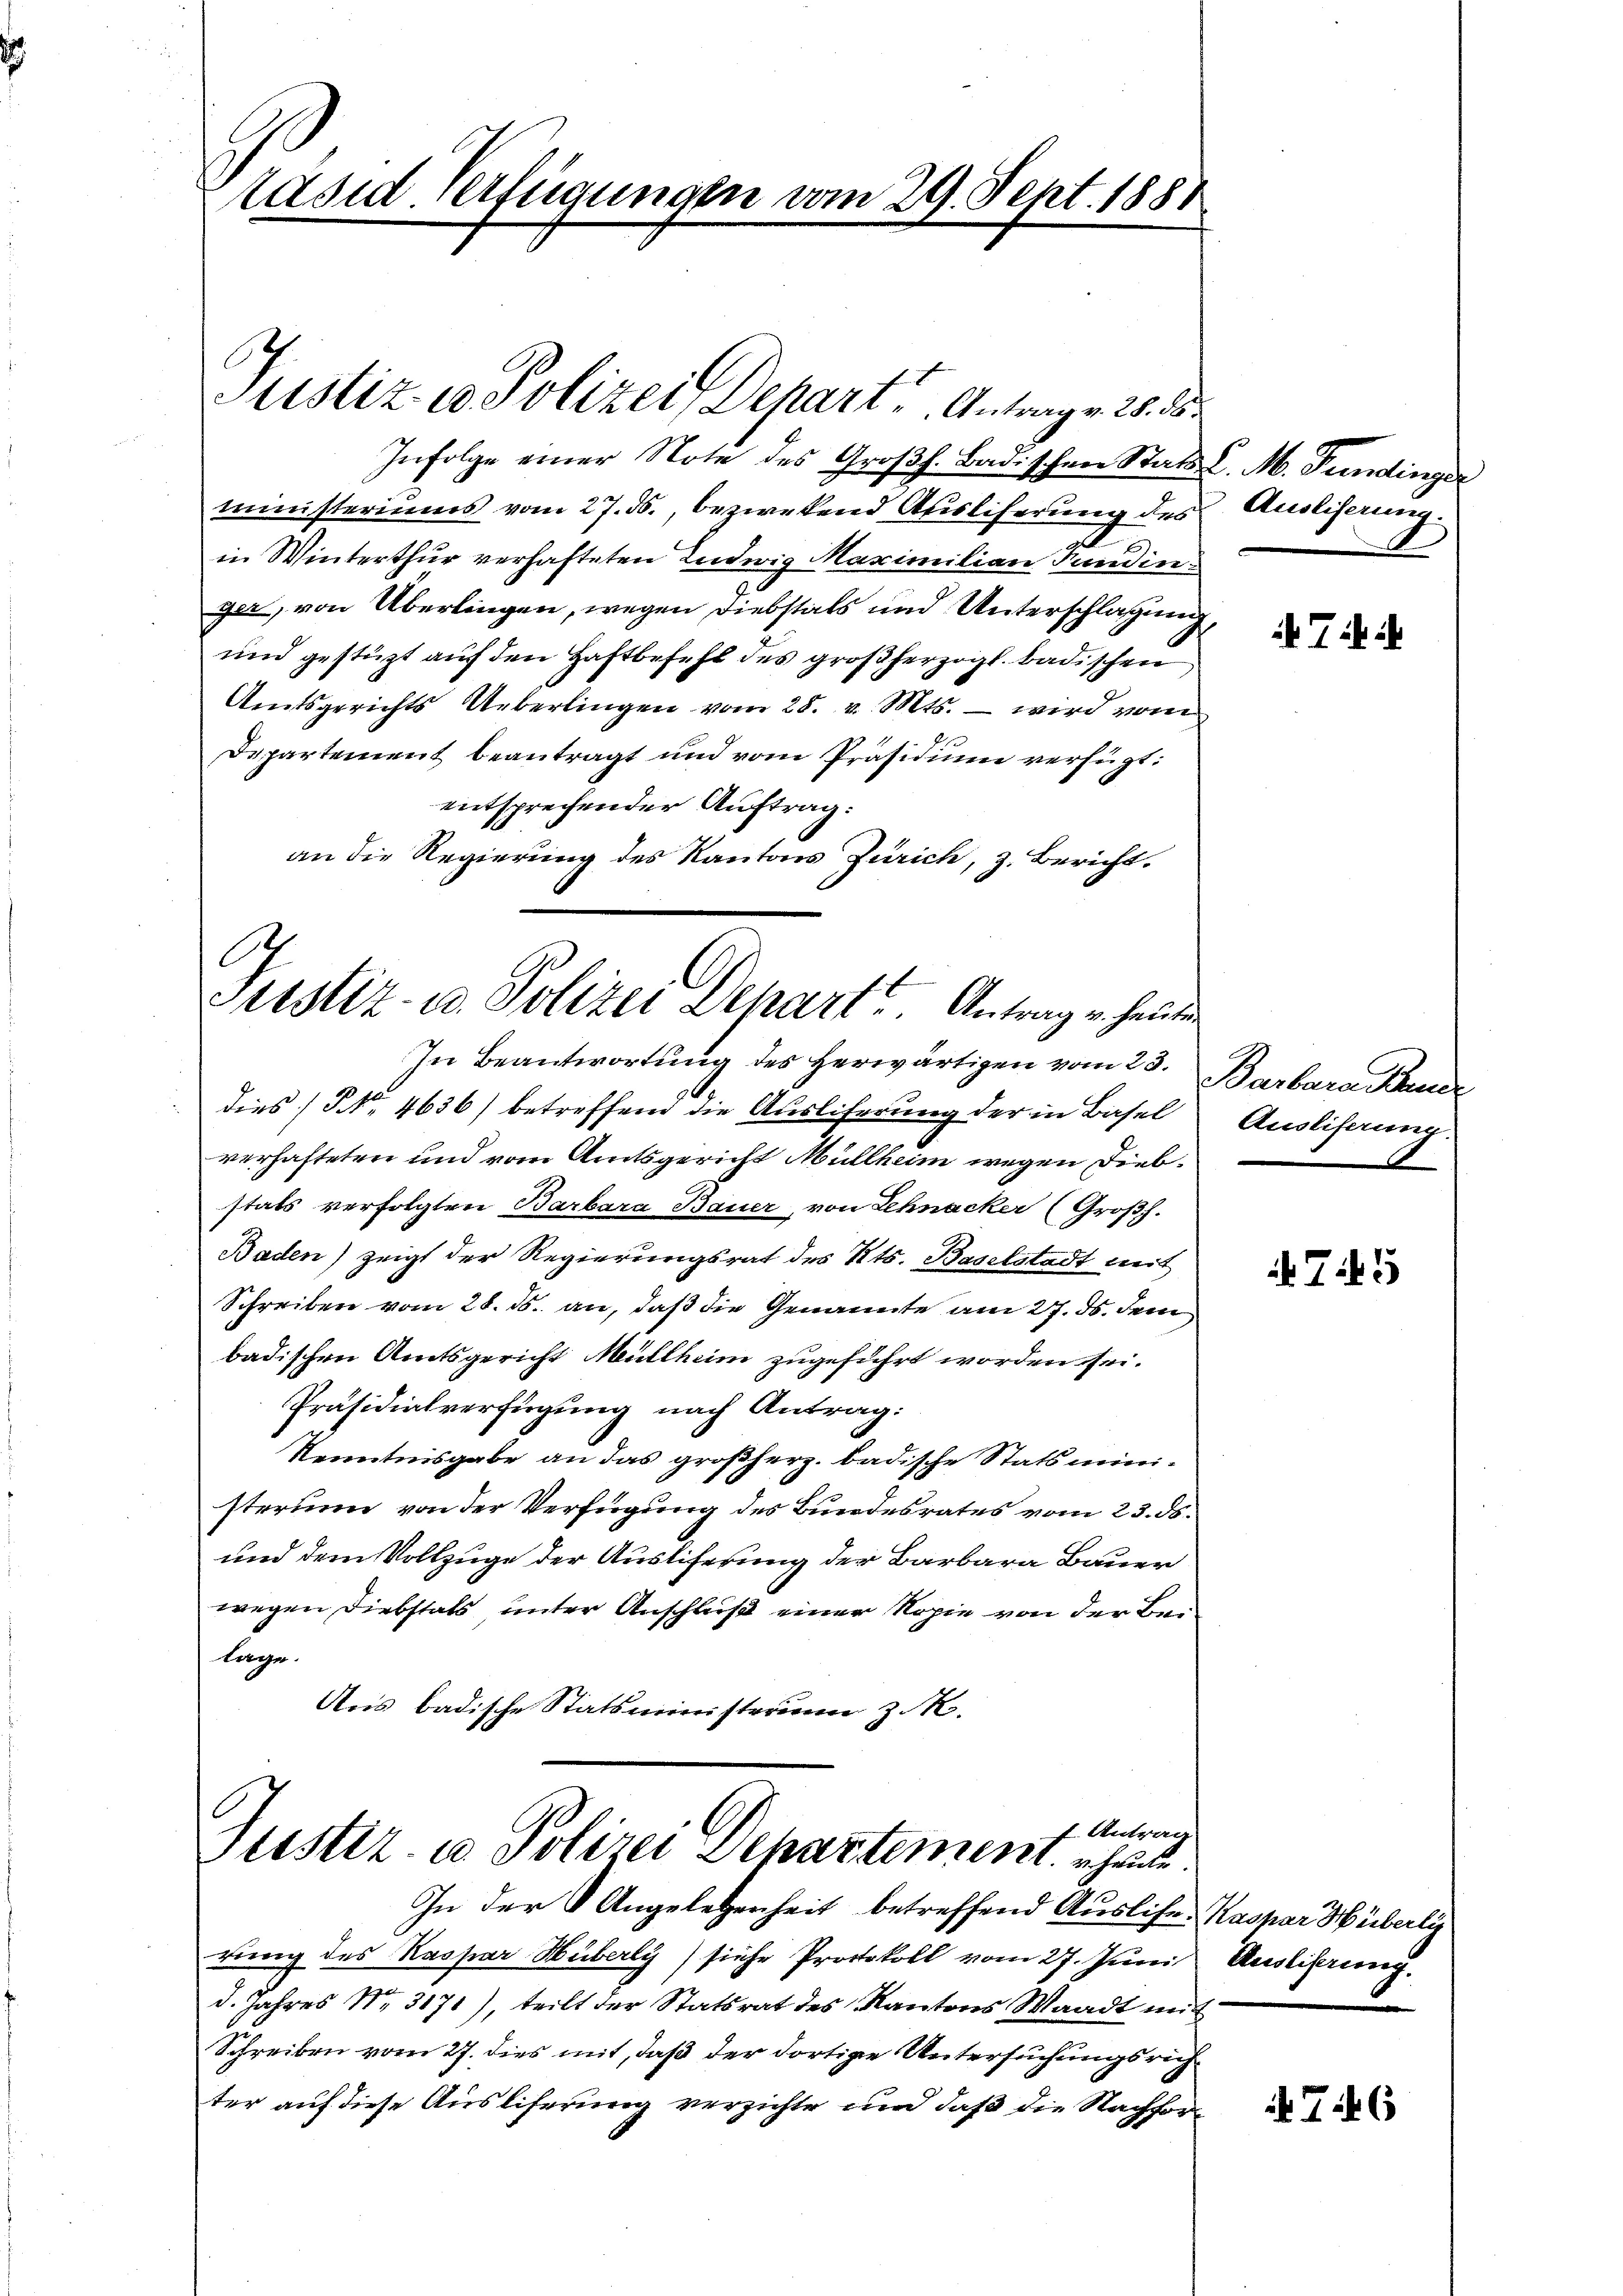
Päsid. Verfügungen vom 29. Sept. 1881

Justiz & Polizei Depart, Antrage 25. ds.
Infolge einer Note des Großh. Badischen Stadt C. M. Fundinger
ministeriums vom 27. ds., bezwekend Ausliserung des
.
in Winterthur verhafteten Ludwig Maximilian Fundin
ger, von Überlingen, wegen Diebstals und Unterschlagung,
und gestützt auf den Haftbefehl des großherzogl. badischen
Amtsgerichts Ueberlingen vom 28. v. Mts. – wird vom
Departement beantragt und vom Präsidium verfügt:
entsprechender Auftrag:
an die Regierung des Kantons Zürich, z. Bericht.
C
Stestiz- u. Polizei Depart Antrag v. heute.

In Beantwortŭng des herwärtigen vom 23. Barbara Brude
dies] NNo. 4636) betreffend die Ausliferung der in Basel
verhafteten und vom Amtsgericht Müllheim wegen Diebstals verfolgten Barbara Bauer, von Schnacker (Großh.
Baden) zeigt der Regierungsrat des Kts. Baselstadt mit
Schreiben vom 28. ds. an, daß die Genannte am 27. ds. dem
badischen Amtsgericht Müllheim zugeführt worden sei.
Präsidialverfügung nach Antrag:
Kenntnisgabe an das großherz. badische Statsministerum von der Verfügung des Bundesrates vom 23. ds.
und dem Vollzuge der Ausliferung der Barbara Bauer
wegen Diebstats unter Anschluß einer Kopie von der Belage.
Aus badische Statsministerium z. R.

f. Antrag
Justiz- u Polizei Departement heute.
In der Angelegenheit betreffend Ausliches Kaspar Hüberli

rung des Kaspar Hüberly) siche Protokoll vom 27. Juni Auslihrung
d. Jahres Nr. 3171), teilt der Statsrat des Kantons Waadt mit
Schreiben vom 27. dies mit, daß der dortige Untersuchungsrichter auf diese Ausliferung verzichte und daß die Nachfor¬

Ausliserung.

7 in ih

Ausliserung.

75

T.46